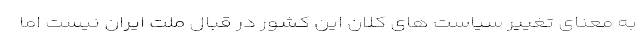
به معنای تغییر سیاست های کلان این کشور در قبال ملت ایران نیست اما